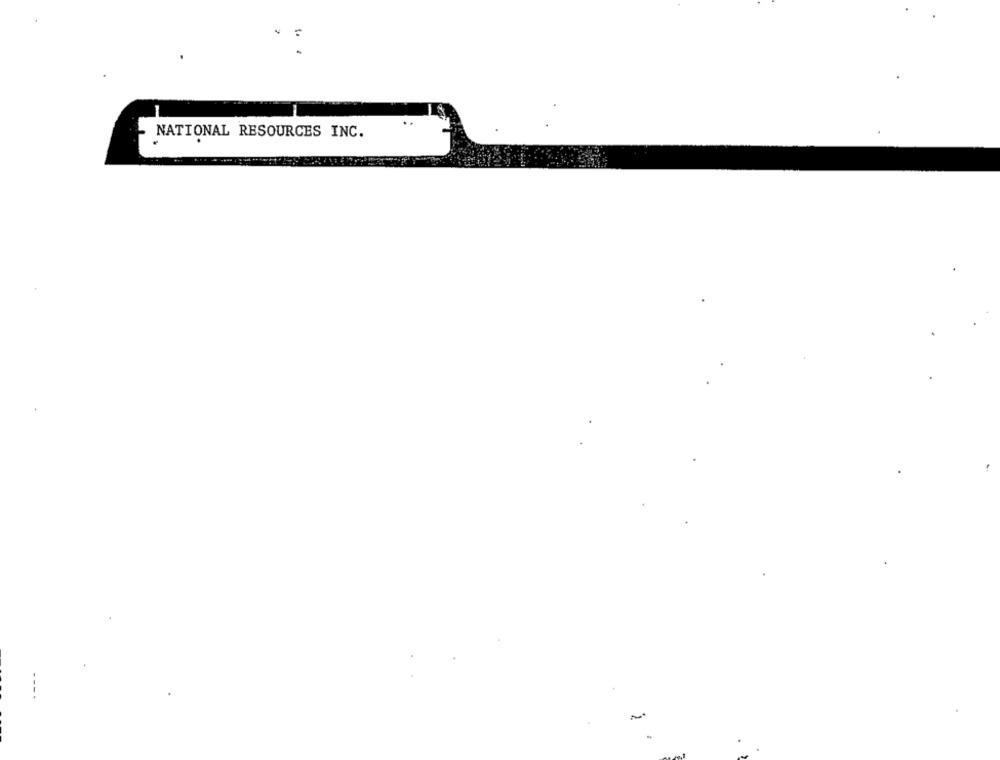
NATIONAL RESOURCES INC.